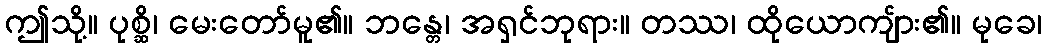
ဤသို့။ ပုစ္ဆိ၊ မေးတော်မူ၏။ ဘန္တေ၊ အရှင်ဘုရား။ တဿ၊ ထိုယောကျ်ား၏။ မုခေ၊